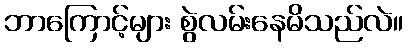
ဘာကြောင့်များ စွဲလမ်းနေမိသည်လဲ။